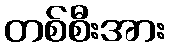
တစ်စီးအား